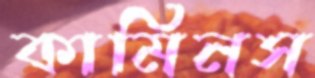
কামিনস